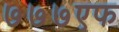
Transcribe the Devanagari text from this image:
७७७एफ